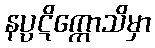
နပ္ပဋိက္ကောသိမှာ